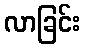
လာခြင်း